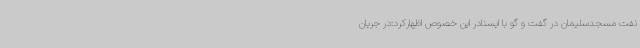
نفت مسجدسلیمان در گفت و گو با ایسنادر این خصوص اظهارکرد:در جریان